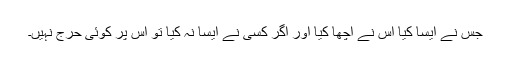
جس نے ایسا کیا اس نے اچھا کیا اور اگر کسی نے ایسا نہ کیا تو اس پر کوئی حرج نہیں۔